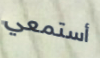
أستمعي